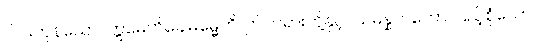
ငါပါးကုန်သော။ ဣမေဟိခေါဓမ္မေဟိ၊ ဤတရားတို့နှင့်။ သမန္နာဂတော၊ ပြည့်စုံသော။